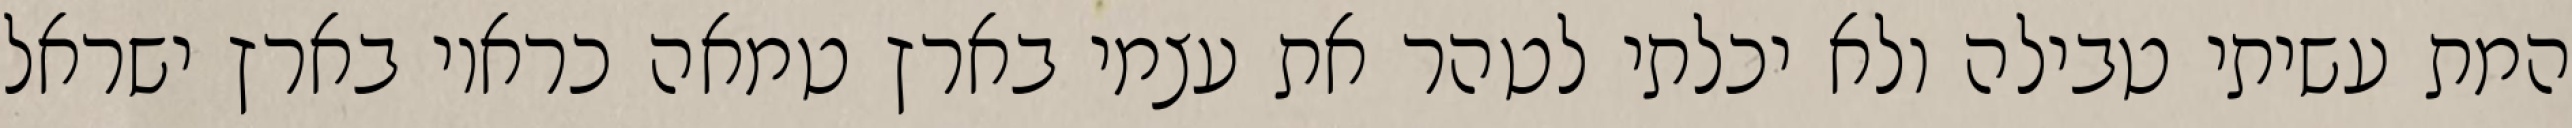
המת עשיתי טבילה ולא יכלתי לטהר את עצמי בארץ טמאה כראוי בארץ ישראל